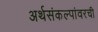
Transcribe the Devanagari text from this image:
अर्थसंकल्पांवरची